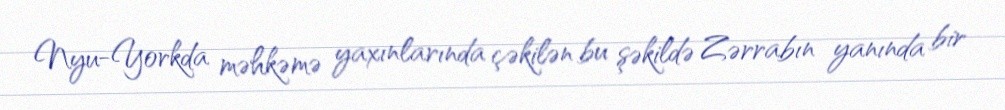
Nyu-Yorkda məhkəmə yaxınlarında çəkilən bu şəkildə Zərrabın yanında bir